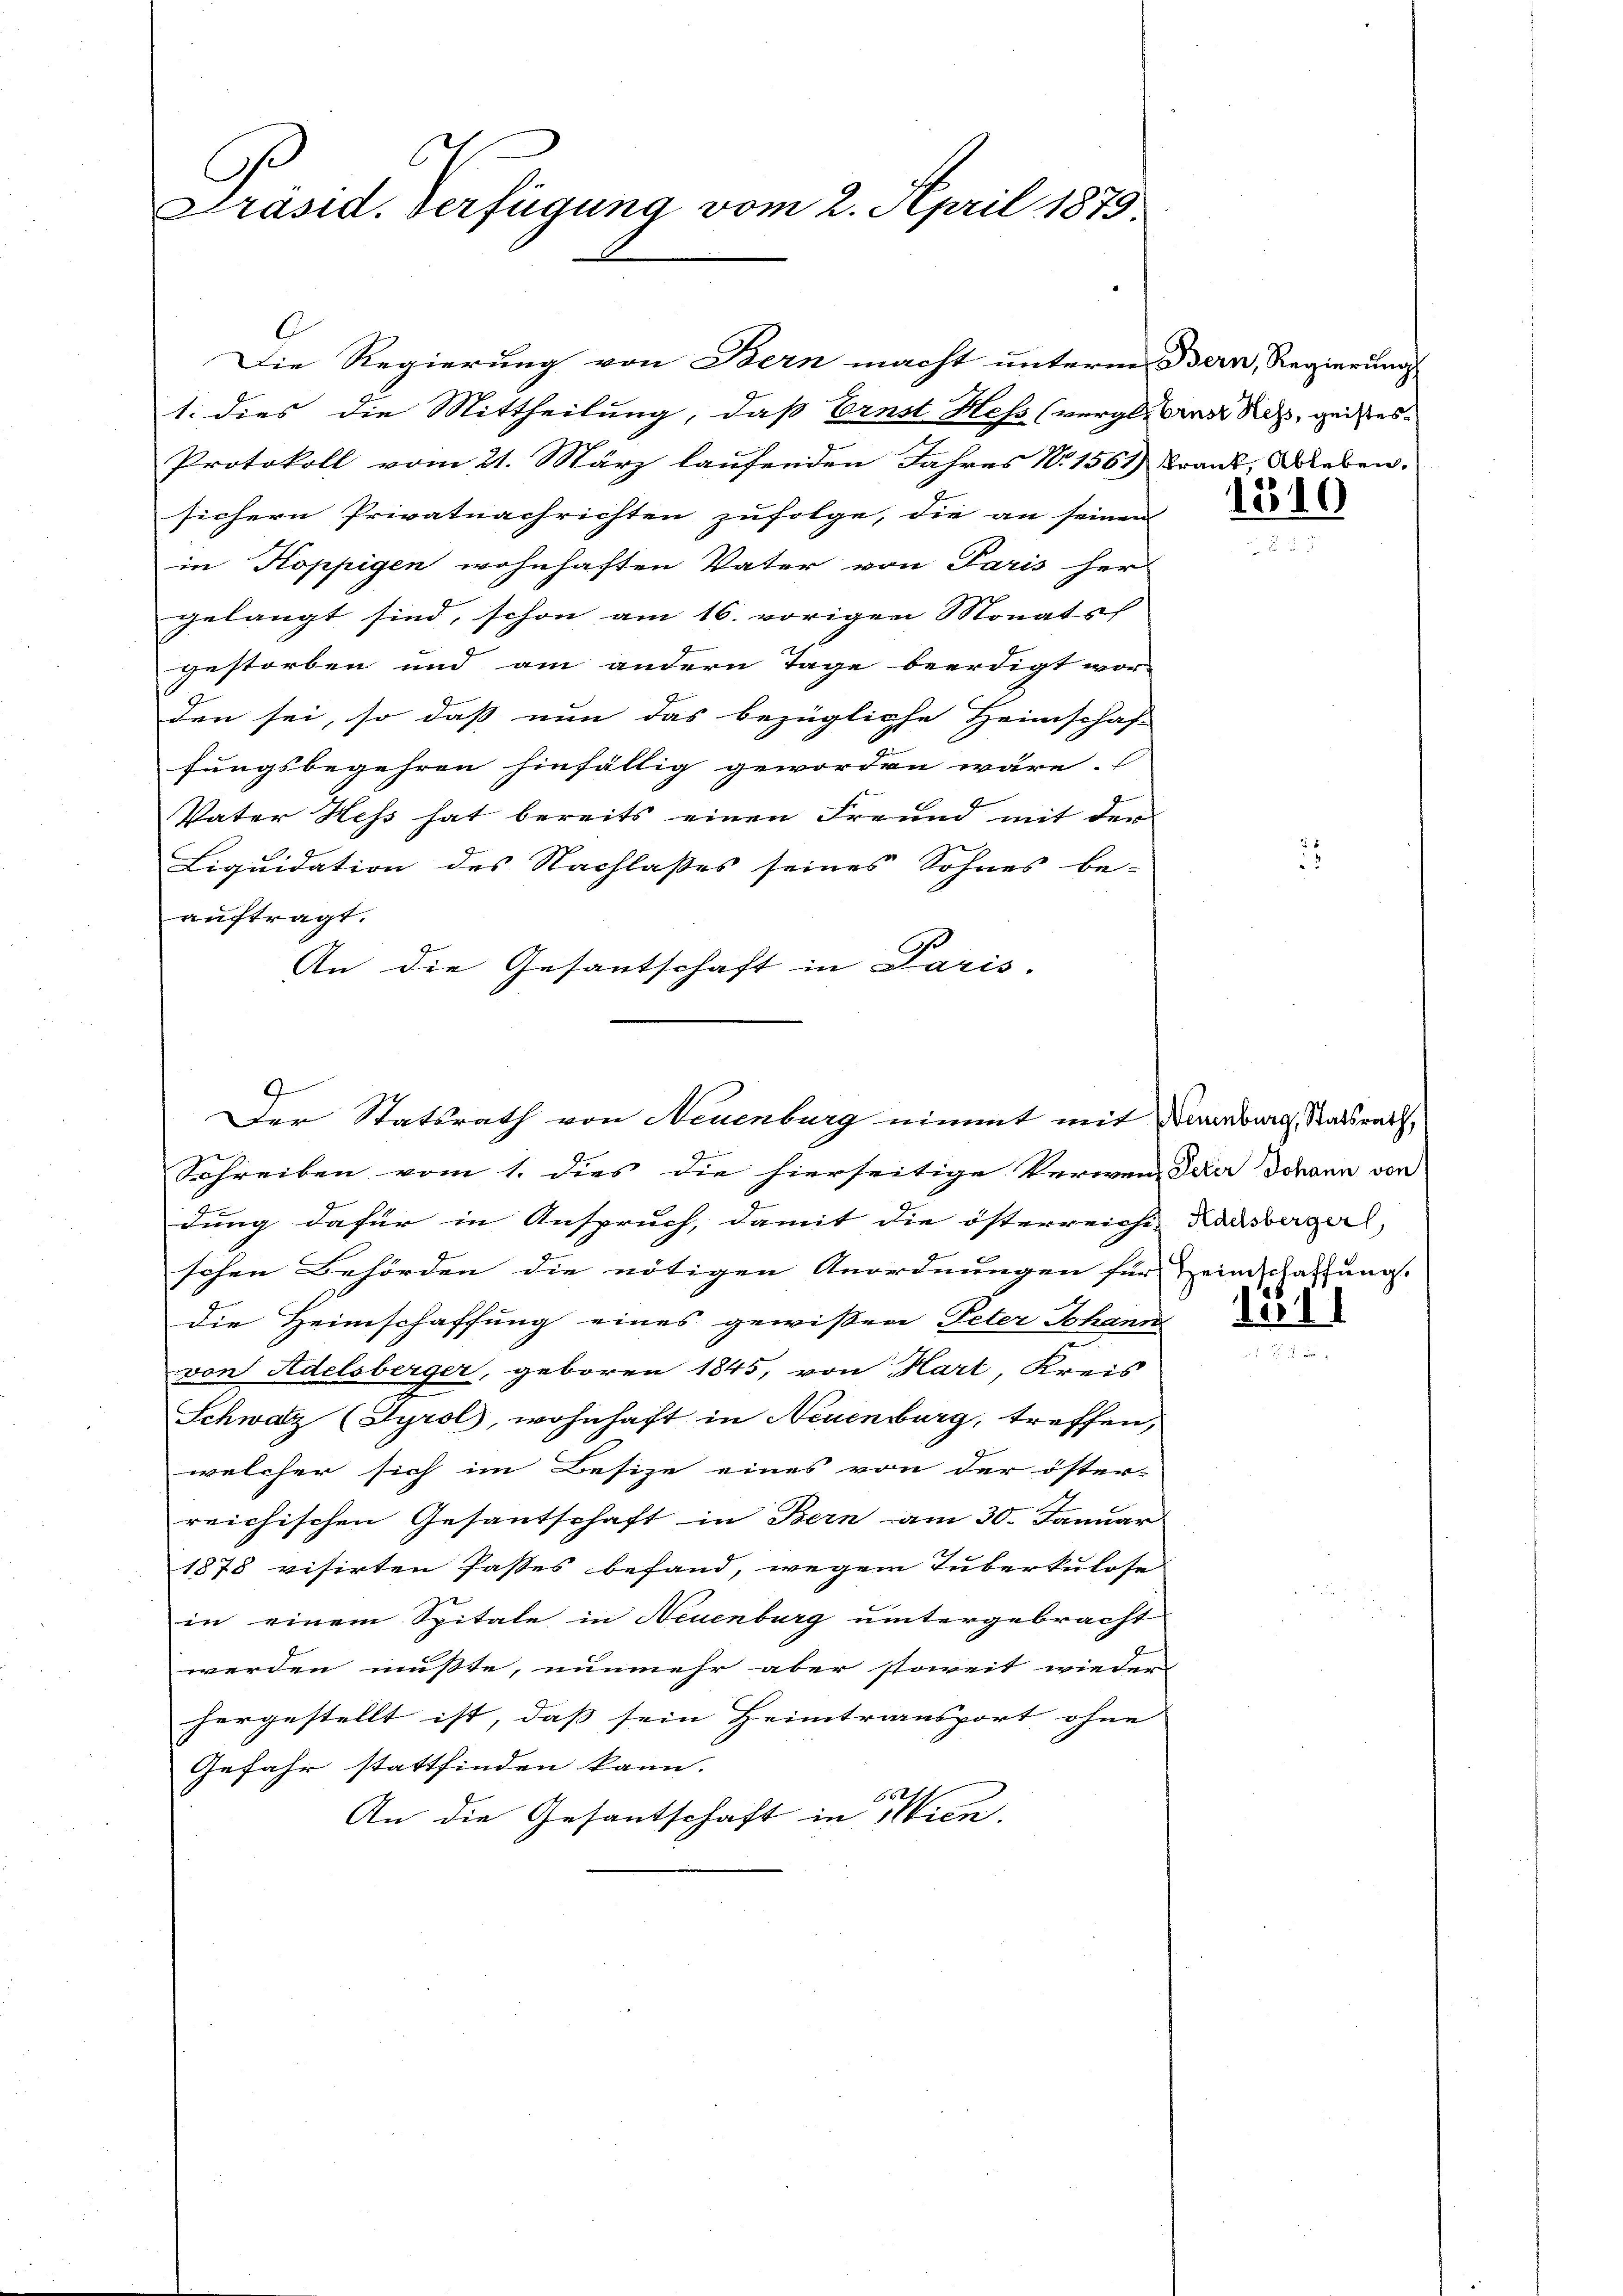
Präsid. Verfügung vom 2. April 1875.

C
1. dies die Mittheilung, daß Ernst Hess (vergliber des geistes
Protokoll vom 21. März laufenden Jahres No 1561) Frank, Ablebensichern Privatnachrichten zufolge, die an seinen
in Koppigen wohnhaften Vater von Paris her
gelangt sind, schon am 16. vorigen Monats
gestorben und am andern Tage beerdigt wor
den sei, so dass nun das bezügliche Heimschaf-
fungsbegehren hinfällig geworden wäre.
Vater Hess hat bereits einen Freund mit der
Liquidation des Nachlasses seines Sohnes be-
auftragt.
An die Gesantschaft in Paris.
Schreiben vom 1. dies die hierseitige Verwenderer Johann von
dung dafür in Anspruch, damit die österreichi- |
schen Behörden die nötigen Anordnungen für Heimschaffung.
die Heimschaffung eines gewissene Peter Johann
von Adelsberger, geboren 1845, von Hart, Kreis
Schweiz (Syrol, wohnhaft in Neuenburg, treffen,
welcher sich im Besize eines von der öster-
reichischen Gesantschaft in Bern am 30. Januar
1878 visirten Passes befand, wegen Tuberkulose
in einem Spitale in Neuenburg untergebracht
werden mußte, nunmehr aber soweit wieder
hergestellt ist, dass sein Heimtransport ohne |
Gefahr stattfinden kann.
162
An die Gesantschaft in Wien.

Die Regierung von Bern macht unterm Bern, Regierung

Der Statsrath von Neuenburg nimmt mit Neuenburg, Staatsrath,

1510

Adelsbergerl

15